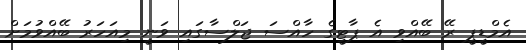
އެމްޑީޕީ ރޭ ބޭއްވި އެ ޕާޓީގެ ހާއްސަ ޖަލްސާގައި ވަނީ މިއަހަރު ބޭއްވުމަށް